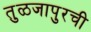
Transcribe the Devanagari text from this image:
तुळजापुरची